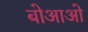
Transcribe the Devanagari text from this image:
बोआओ